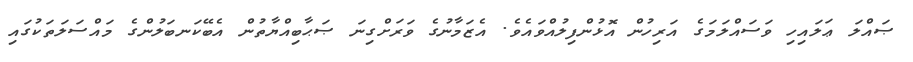
ޞައްލަ ޢަލައިހި ވަސައްލަމަގެ އަރިހުން އޮޅުންފިލުއްވައެވެ. އެޒަމާނުގެ ވަރަށްގިނަ ޞަޙާބިއްޔާތުން އެބޭކަނބަލުންގެ މައްސަލަތަކުގައި